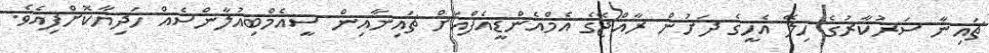
ޗައިނާ ސަރުކާރުގެ ހިލޭ އެހީގެ ދަށުން ރާއްޖޭގެ އެމްއެންޑީއެފްއަށް ޗައިނާއިން ސީއެމްބިއުލާންސެއް ހަދިޔާކޮށްފިއެވެ.